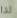
لذا